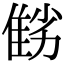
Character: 𨾻